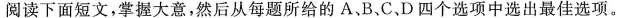
阅读下面短文,掌握大意,然后从每题所给的 A.B、C、D 四个选项中选出最佳选项。